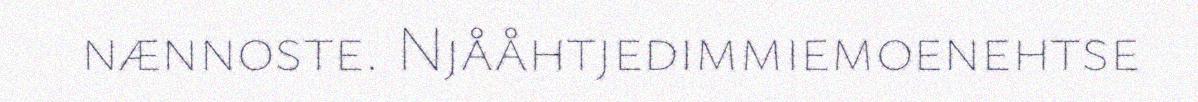
nænnoste. Njååhtjedimmiemoenehtse